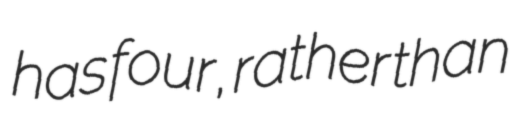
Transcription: has four, rather than